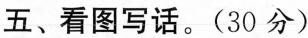
五、看图写话。（30分）